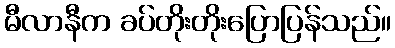
မီလာနီက ခပ်တိုးတိုးပြောပြန်သည်။